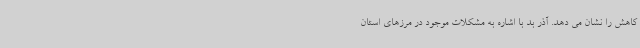
کاهش را نشان می دهد. آذر بد با اشاره به مشکلات موجود در مرزهای استان